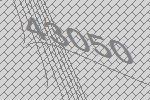
43050